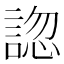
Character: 𧩓